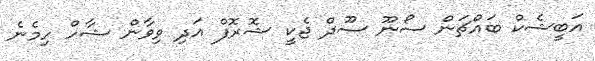
އަބީޝެކް ބައްޗަން ސޯނޫ ސޫދް ޖެކީ ޝޮރޮފް އަދި ވިވާން ޝާހް ހިމެނެ